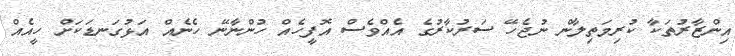
އިންޒާރުތަކާ ކުރިމަތިލާން ނުޖެހޭ ސަރުކާރުގެ އެއްވެސް އޮފީހެއް ހުންނާނޭ ހެނެއް އަޅުގަނޑަކަށް ހީއެއް